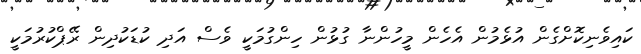
ކައިވެނިކޮށްގެން އުޅެމުން އެހެން މީހުންނާ ގުޅުން ހިންގުމަކީ ވެސް އަދި ކުޑަކުދިން ރޭޕްކުރުމަކީ